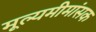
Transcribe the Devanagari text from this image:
मूल्यमीमांसक